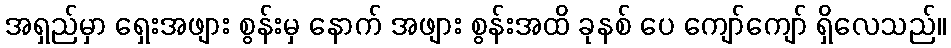
အရှည်မှာ ရှေးအဖျား စွန်းမှ နောက် အဖျား စွန်းအထိ ခုနစ် ပေ ကျော်ကျော် ရှိလေသည်။